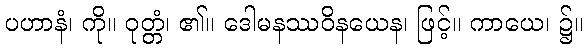
ပဟာနံ၊ ကို။ ဝုတ္တံ၊ ၏။ ဒေါမနဿဝိနယေန၊ ဖြင့်။ ကာယေ၊ ၌။